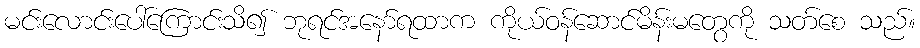
မင်းလောင်းပေါ်ကြောင်းသိ၍ ဘုရင်အနော်ရထာက ကိုယ်ဝန်ဆောင်မိန်းမတွေကို သတ်စေ သည်။